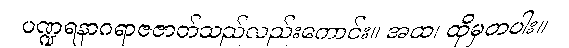
ပဏ္ဍရနာဂရာဇဇာတ်သည်လည်းကောင်း။ အထ၊ ထိုမှတပါး။